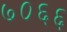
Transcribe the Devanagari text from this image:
७०६६